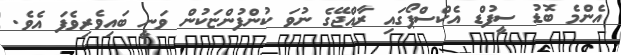
އެންމެ ބޮޑު ސީފުޑް އެކްސްޕޯގައި ރާއްޖޭގެ ނުވަ ކުންފުންޏަކުން ވަނީ ބައިވެރިވެފަ އެވެ.